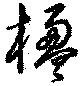
楹